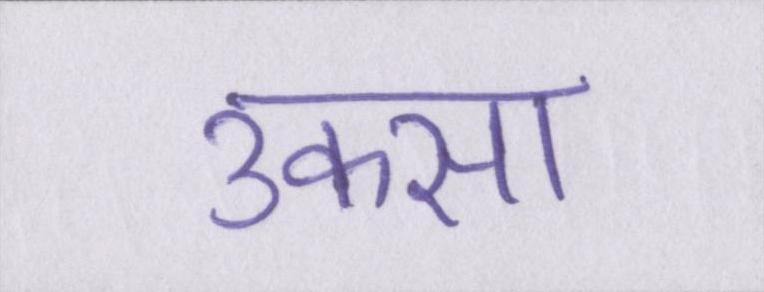
उकसा